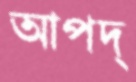
আপদ্‌